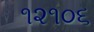
૧૨૧૦૬